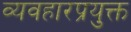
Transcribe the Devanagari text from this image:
व्यवहारप्रयुक्त